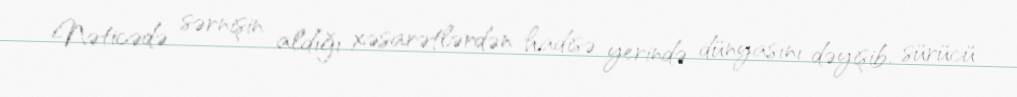
Nəticədə sərnişin aldığı xəsarətlərdən hadisə yerində dünyasını dəyişib, sürücü